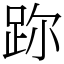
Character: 䟢